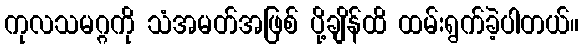
ကုလသမဂ္ဂကို သံအမတ်အဖြစ် ပို့ချိန်ထိ ထမ်းရွက်ခဲ့ပါတယ်။